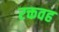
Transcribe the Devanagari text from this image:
रक्तवह